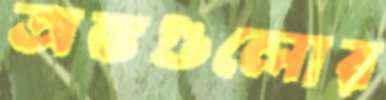
অঙ্কগুলোর